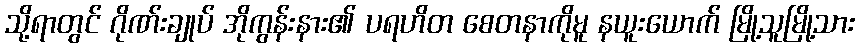
သို့ရာတွင် ဂိုဏ်းချုပ် အိုကွန်းနား၏ ပရဟိတ စေတနာကိုမူ နယူးယောက် မြို့သူမြို့သား